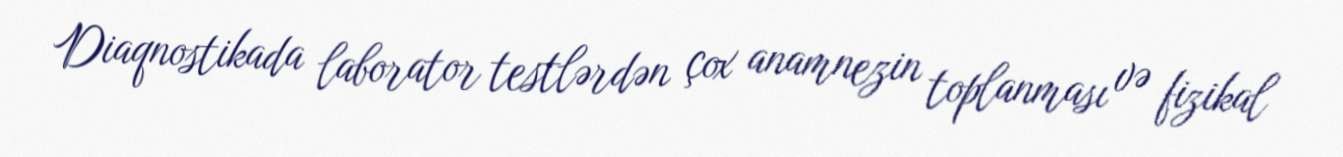
Diaqnostikada laborator testlərdən çox anamnezin toplanması və fizikal